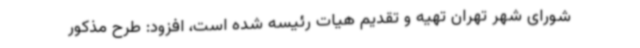
شورای شهر تهران تهیه و تقدیم هیات رئیسه شده است، افزود: طرح مذکور